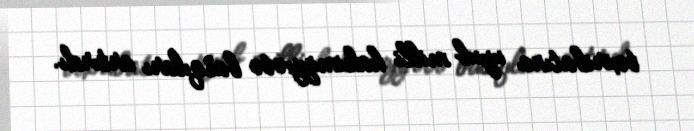
təxribatına uyub milli hakimiyyətə basqıları artırdı.